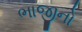
ભાજીનો